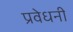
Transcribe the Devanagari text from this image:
प्रवेधनी